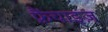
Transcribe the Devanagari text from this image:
फ्रैंचाइज़